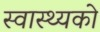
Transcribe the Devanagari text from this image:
स्वास्थ्यको